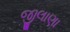
જીલાણા